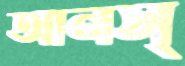
আনস্